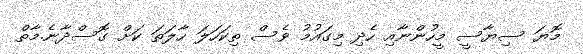
މޮޔަ ސިޔާސީ މީހުންނާއި ހެދި މިގައުމު ވެސް ތިކަހަލަ ހާލަތަ ކަށް ގޮސްދާނެ.މާތް